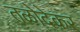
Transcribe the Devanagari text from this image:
तळोदेकर